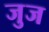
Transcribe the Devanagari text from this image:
जुज